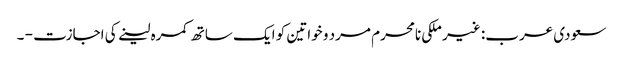
سعودی عرب: غیر ملکی نامحرم مرد و خواتین کو ایک ساتھ کمرہ لینے کی اجازت - ۔